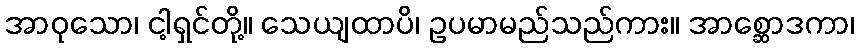
အာဝုသော၊ ငါ့ရှင်တို့။ သေယျထာပိ၊ ဥပမာမည်သည်ကား။ အာစ္ဆောဒကာ၊